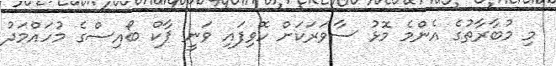
މި މުބާރާތުގެ އެންމެ މޮޅު ސާވަރަކަށް ހޮވިފައި ވަނީ ޕާކް ބޯއިސްގެ މުހައްމަދު